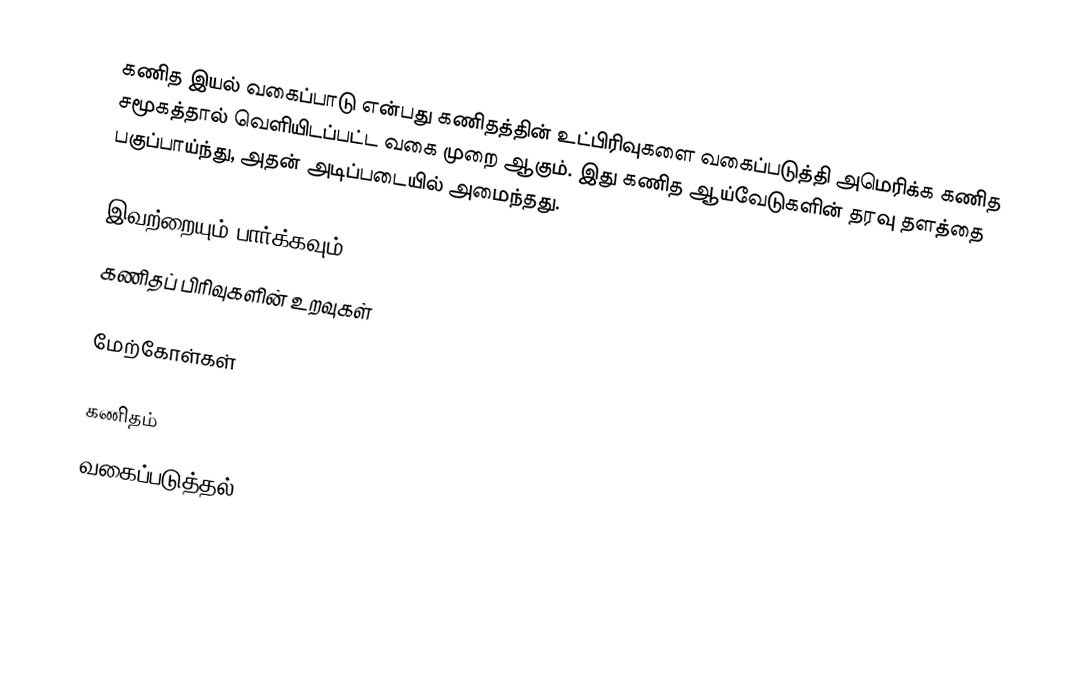
கணித இயல் வகைப்பாடு என்பது கணிதத்தின் உட்பிரிவுகளை வகைப்படுத்தி அமெரிக்க கணித சமூகத்தால் வெளியிடப்பட்ட வகை முறை ஆகும்.  இது கணித ஆய்வேடுகளின் தரவு தளத்தை பகுப்பாய்ந்து, அதன் அடிப்படையில் அமைந்தது.

இவற்றையும் பார்க்கவும்
 கணிதப் பிரிவுகளின் உறவுகள்

மேற்கோள்கள்

கணிதம்
வகைப்படுத்தல்